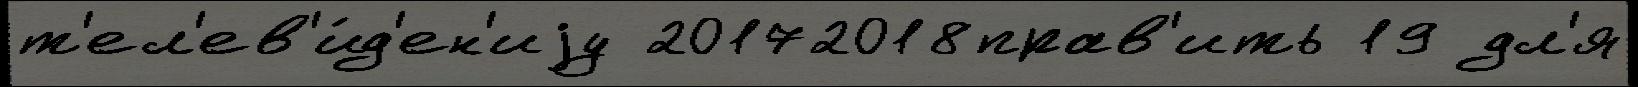
т'ел'ев'и́д'ен'иjу 20172018прав'ить 19 дл'я